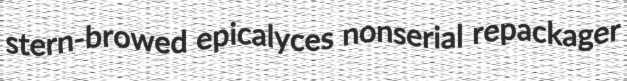
stern-browed epicalyces nonserial repackager